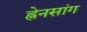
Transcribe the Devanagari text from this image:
ह्नेनसांग